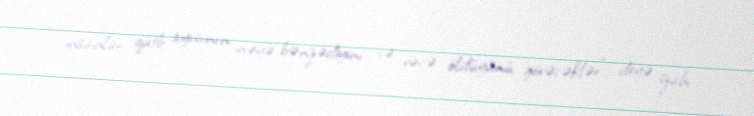
insanlar qütb ayısının nəyə bənzədiyini və necə öldüyünü görəcəklər” deyə izah